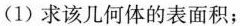
(1)求该几何体的表面积；